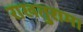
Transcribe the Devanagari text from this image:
राखतुराम।